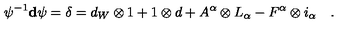
\psi ^ { - 1 } \mathbf { d } \psi = \delta = d _ { W } \otimes 1 + 1 \otimes d + A ^ { \alpha } \otimes L _ { \alpha } - F ^ { \alpha } \otimes i _ { \alpha } \quad .